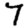
Digit: 7